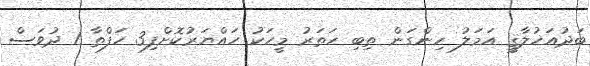
ބަދުއަޚުލާޤީ އަމަލު ހިންގަން ތިބި ހަތަރު މީހަކު ހައްޔަރުކޮށްފި3 ހަފްތާ 1 ދުވަސް